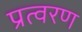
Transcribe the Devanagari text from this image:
प्रत्वरण